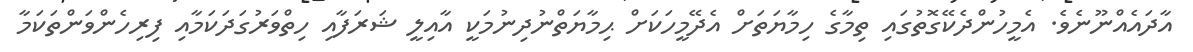
އާދައެއްނޫނެވެ. އެމީހުންދެކޭގޮތުގައި ތިމާގެ ހިމާޔަތަށް އެދޭމީހަކަށް ޙިމާޔަތްނުދިނުމަކީ އާއިލީ ޝަރަފާއި ހިތްވަރުގަދަކަމާއި ފިރިހެންވަންތަކަމާ